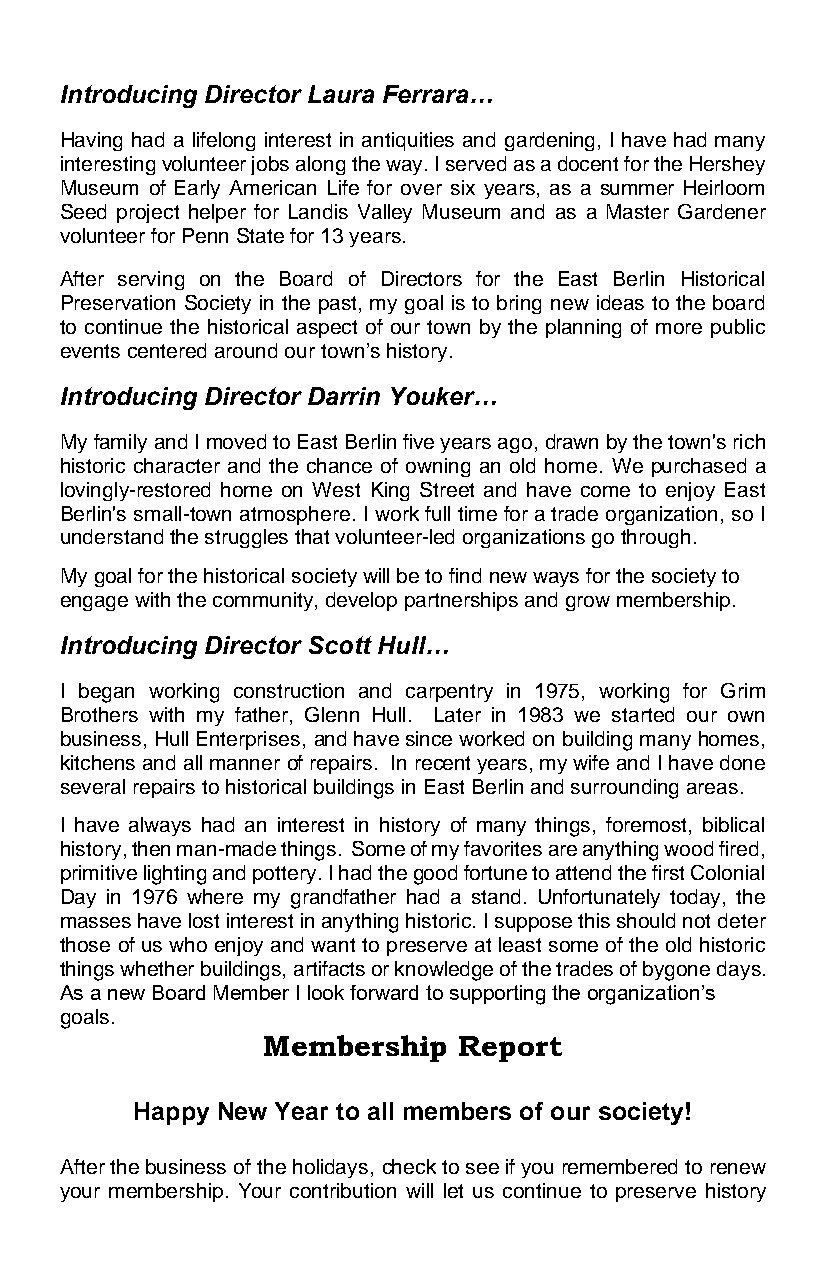
Introducing Director Laura Ferrara…
 Having had a lifelong interest in antiquities and gardening, I have had many
 interesting volunteer jobs along the way. I served as a docent for the Hershey
 Museum of Early American Life for over six years, as a summer Heirloom
 Seed project helper for Landis Valley Museum and as a Master Gardener
 volunteer for Penn State for 13 years.
 After serving on the Board of Directors for the East Berlin Historical
 Preservation Society in the past, my goal is to bring new ideas to the board
 to continue the historical aspect of our town by the planning of more public
 events centered around our town’s history.
 Introducing Director Darrin Youker…
 My family and I moved to East Berlin five years ago, drawn by the town's rich
 historic character and the chance of owning an old home. We purchased a
 lovingly-restored home on West King Street and have come to enjoy East
 Berlin's small-town atmosphere. I work full time for a trade organization, so I
 understand the struggles that volunteer-led organizations go through.
 My goal for the historical society will be to find new ways for the society to
 engage with the community, develop partnerships and grow membership.
 Introducing Director Scott Hull…
 I began working construction and carpentry in 1975, working for Grim
 Brothers with my father, Glenn Hull. Later in 1983 we started our own
 business, Hull Enterprises, and have since worked on building many homes,
 kitchens and all manner of repairs. In recent years, my wife and I have done
 several repairs to historical buildings in East Berlin and surrounding areas.
 I have always had an interest in history of many things, foremost, biblical
 history, then man-made things. Some of my favorites are anything wood fired,
 primitive lighting and pottery. I had the good fortune to attend the first Colonial
 Day in 1976 where my grandfather had a stand. Unfortunately today, the
 masses have lost interest in anything historic. I suppose this should not deter
 those of us who enjoy and want to preserve at least some of the old historic
 things whether buildings, artifacts or knowledge of the trades of bygone days.
 As a new Board Member I look forward to supporting the organization’s
 goals.
 Membership   Report
 Happy New Year to all members of our society!
 After the business of the holidays, check to see if you remembered to renew
 your membership. Your contribution will let us continue to preserve history